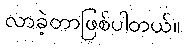
လာခဲ့တာဖြစ်ပါတယ်။